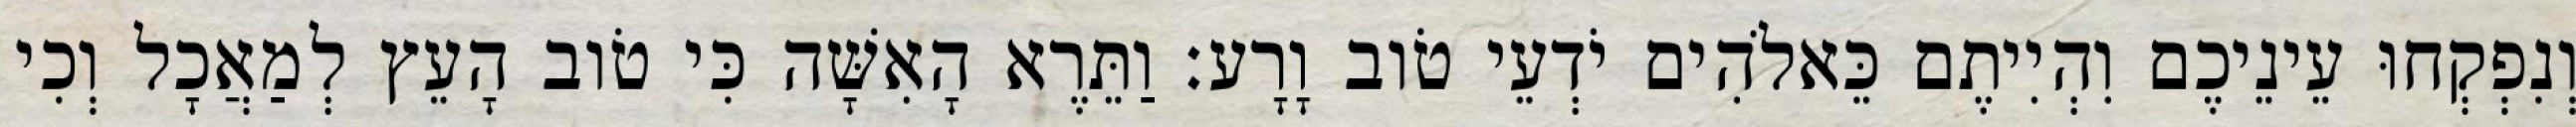
וְנִפְקְחוּ עֵינֵיכֶם וִהְיִיתֶם כֵּאלֹהִים יֹדְעֵי טֹוב וָרָע׃ וַתֵּרֶא הָאִשָּׁה כִּי טֹוב הָעֵץ לְמַאֲכָל וְכִי